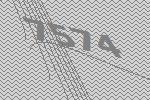
7574